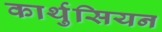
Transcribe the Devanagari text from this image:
कार्थुसियन